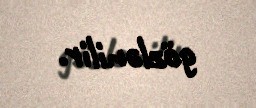
gözlənilir.